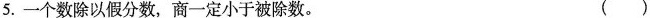
5.一个数除以假分数，商一定小于被除数。 ()